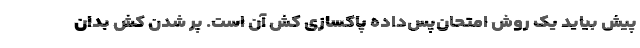
پیش بیاید یک روش امتحان‌پس‌داده پاکسازی کش آن است. پر شدن کش بدان